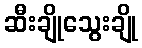
ဆီးချိုသွေးချို